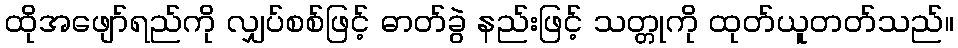
ထိုအဖျော်ရည်ကို လျှပ်စစ်ဖြင့် ဓာတ်ခွဲ နည်းဖြင့် သတ္တုကို ထုတ်ယူတတ်သည်။